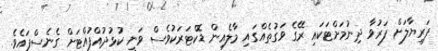
ފަރިޔާލަށް ފަރުވާ ދިނުމަށްޓަކައި ރޭގެ ވަގުތެއްގައި މާލެއިން ޑޮކްޓަރަކުވެސް ވަނީ ކުޅުދުއްފުއްޓަށް ގެނެސްފައެވެ.